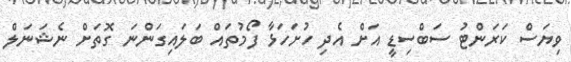
ވިޔަސް ކަރަންޓު ސަބްސިޑީ އަށް އެދި ހުށަހަޅާ ފޯމުތައް ބަލައިގަންނަ ގޮތަށް ނެޝަނަލް